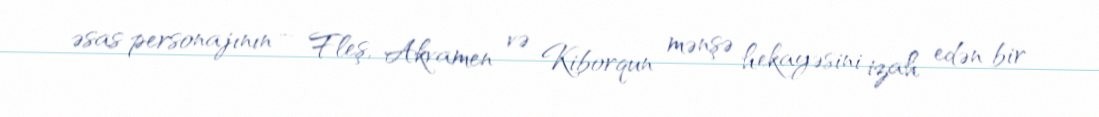
əsas personajının – Fleş, Akvamen və Kiborqun mənşə hekayəsini izah edən bir